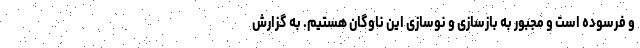
و فرسوده است و مجبور به بازسازی و نوسازی این ناوگان هستیم. به گزارش